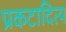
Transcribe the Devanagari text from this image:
प्रकटादित्य